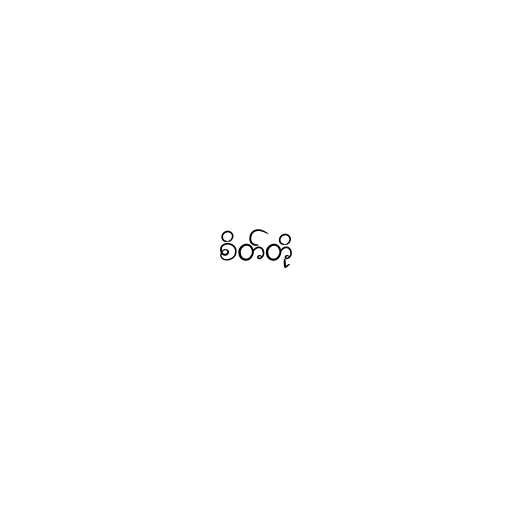
စိတ်တို